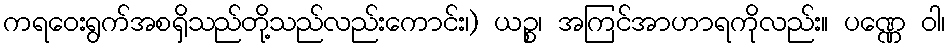
ကရဝေးရွက်အစရှိသည်တို့သည်လည်းကောင်း၊) ယဉ္စ၊ အကြင်အာဟာရကိုလည်း။ ပဏ္ဏေ ဝါ၊